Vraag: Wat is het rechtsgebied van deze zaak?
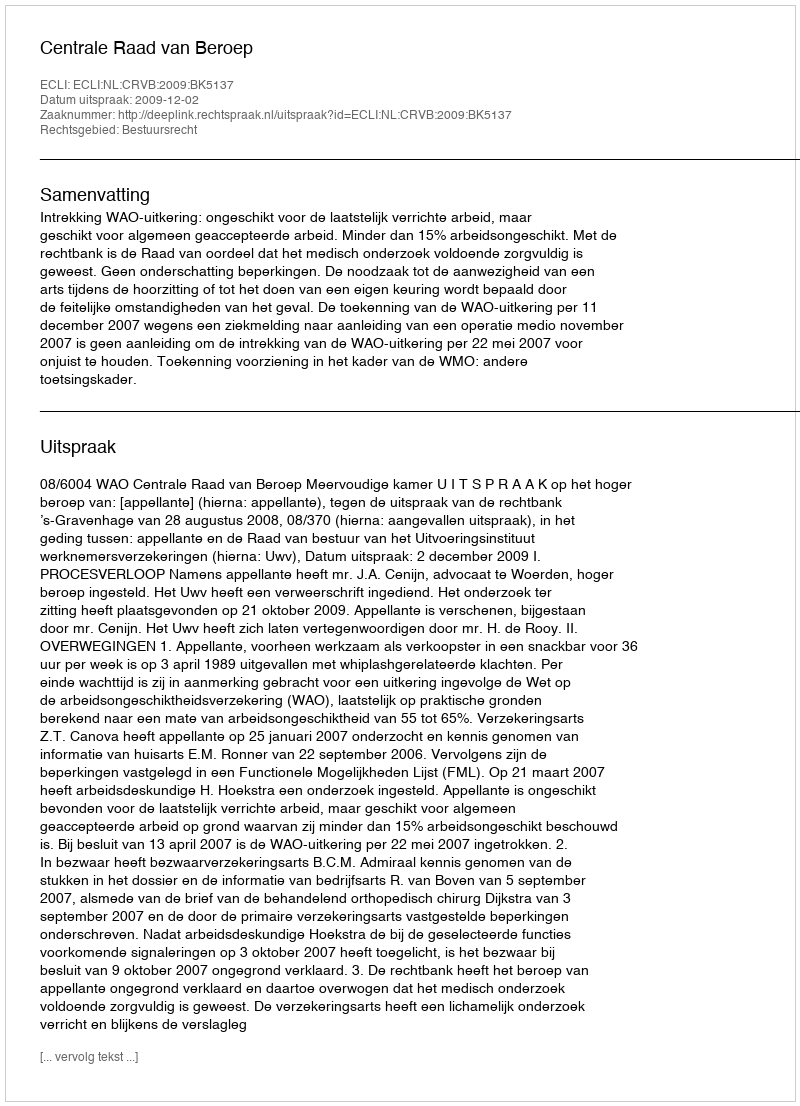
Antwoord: Bestuursrecht